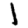
Digit: 1